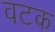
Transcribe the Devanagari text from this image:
वटक